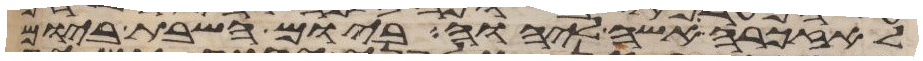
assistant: לאזכרה אשה ליהוה ביום השבת ביום